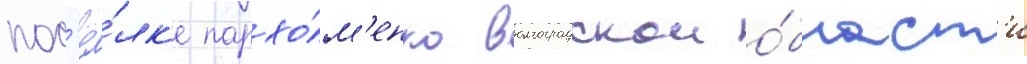
пос'ё́лк'е пархо́м'енко волгоградскои о́бласт'и